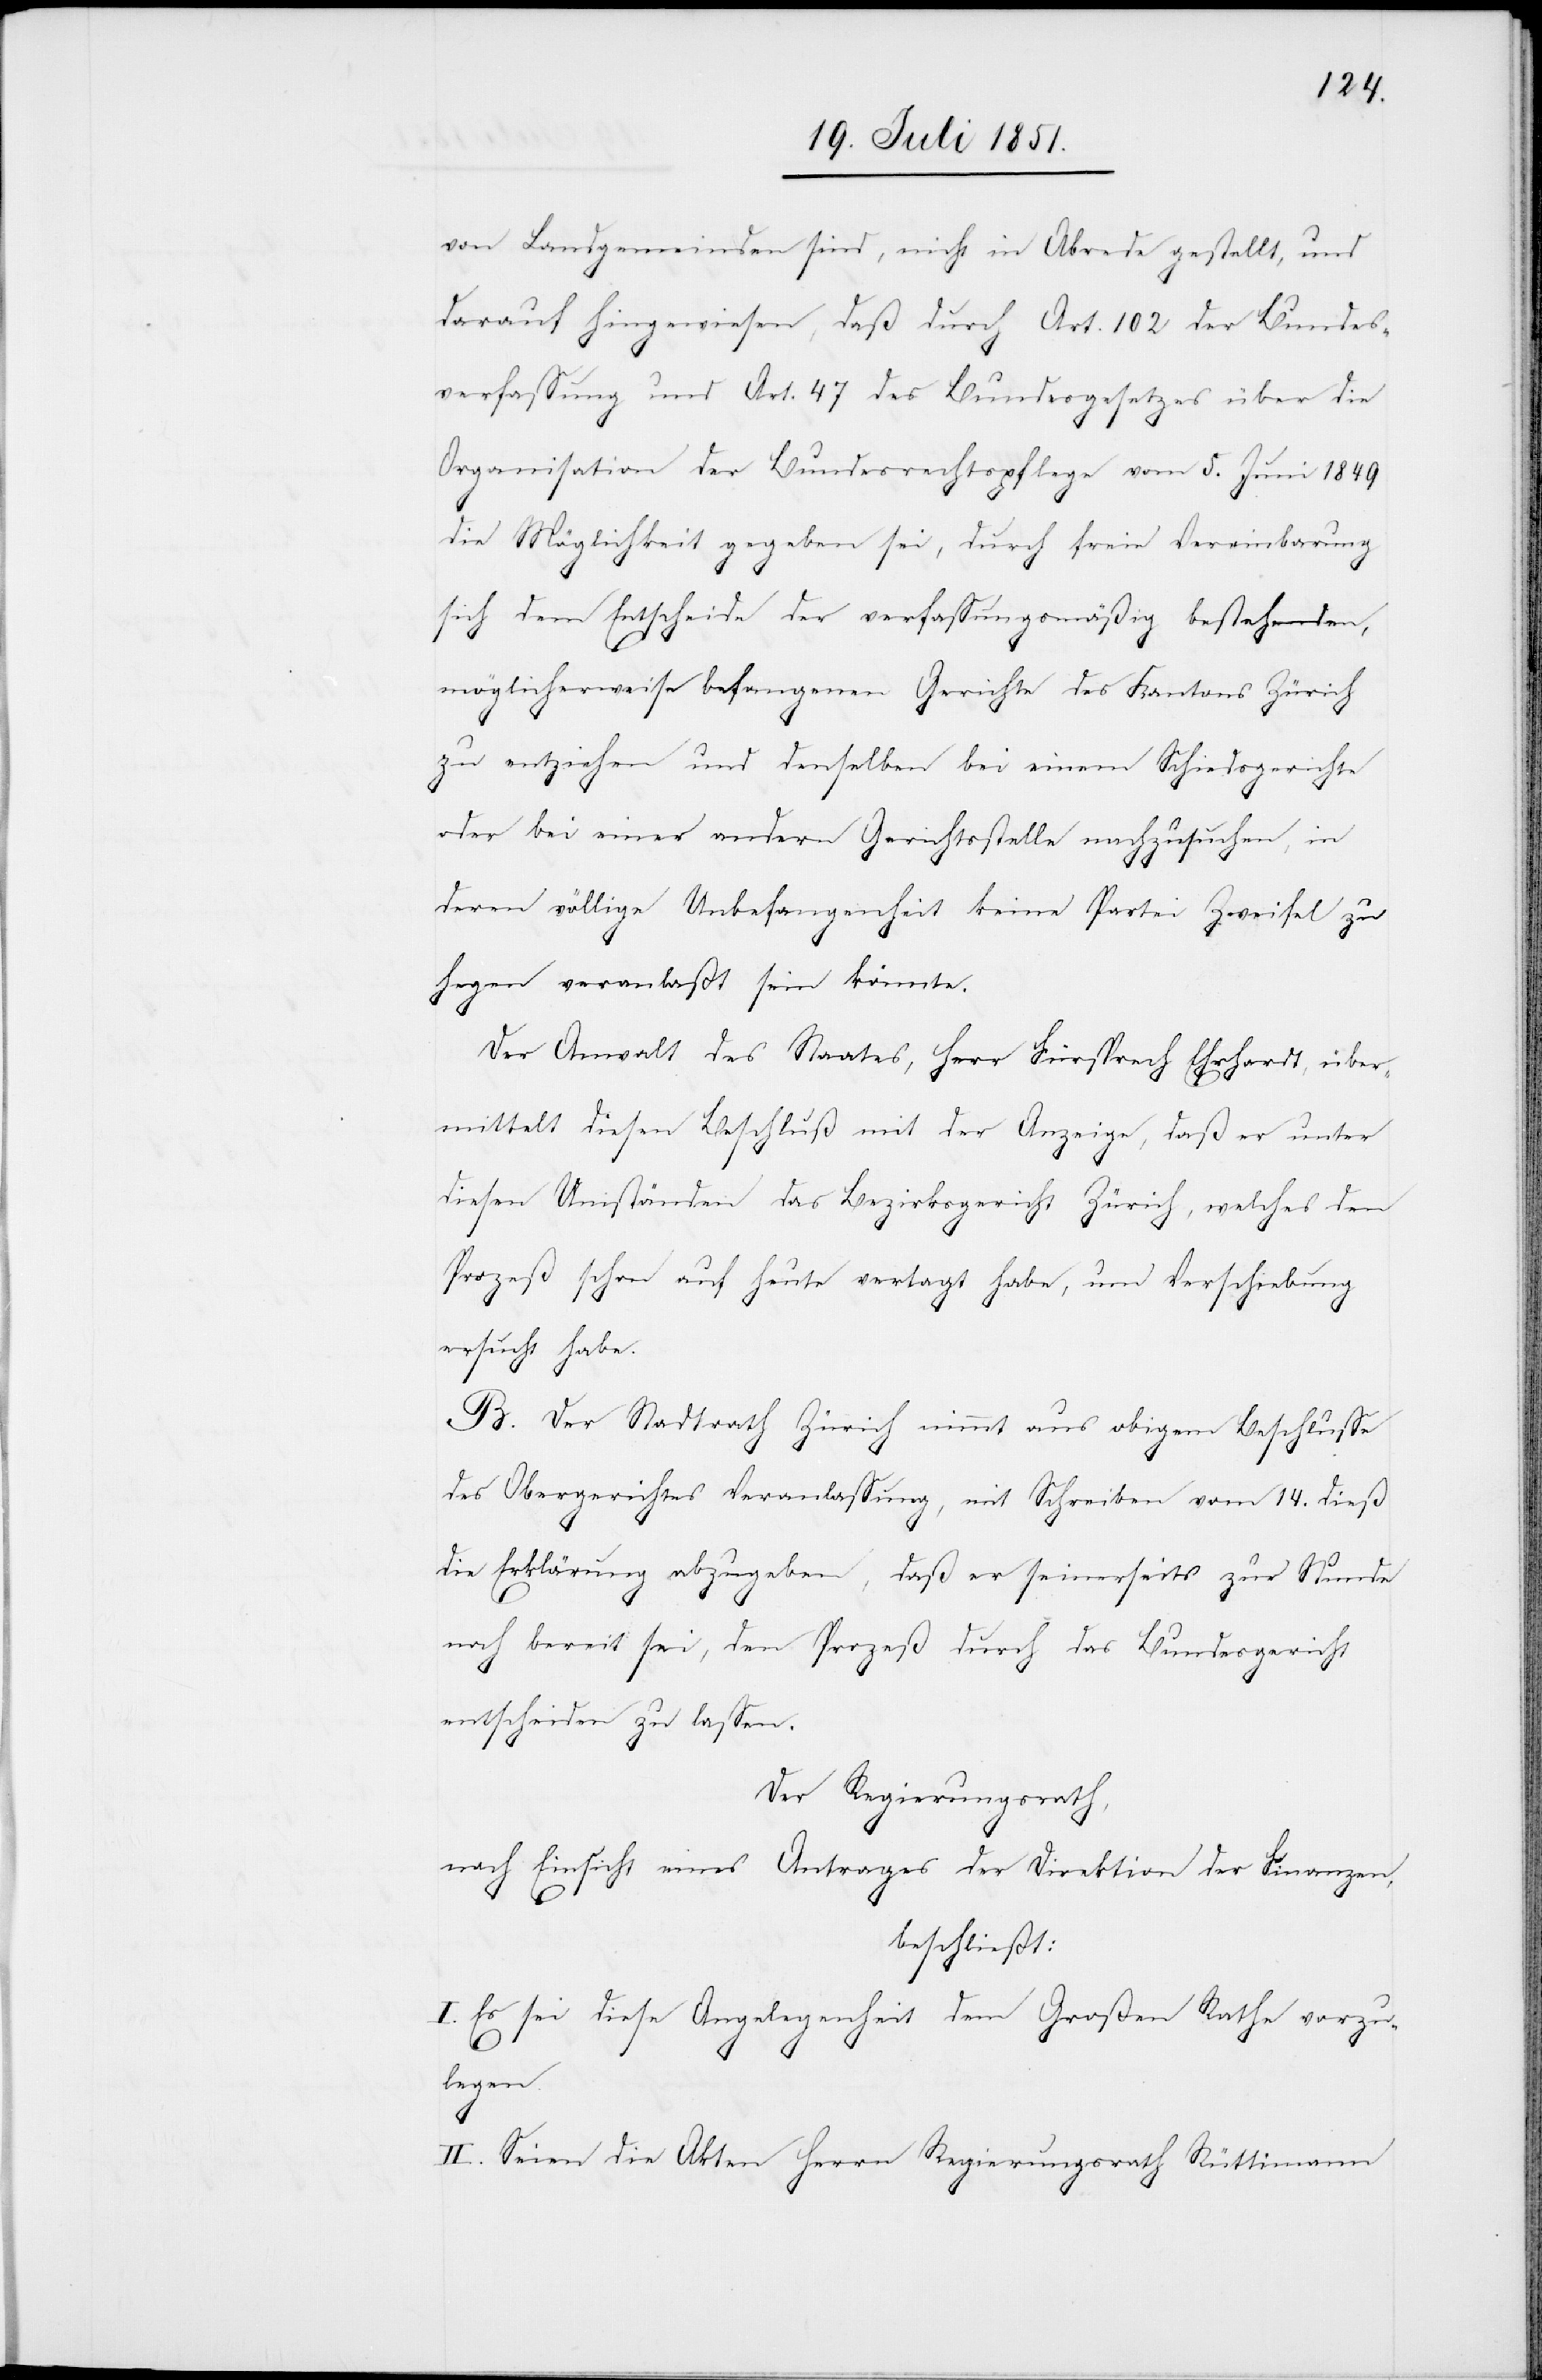
von Landgemeinden sind, nicht in Abrede gestellt, und
darauf hingewiesen, daß durch Art. 102 der Bundes¬
verfassung und Art. 47 des Bundesgesetzes über die
Organisation der Bundesrechtspflege vom 5. Juni 1849
die Möglichkeit gegeben sei, durch freie Vereinbarung
sich dem Entscheide der verfassungsmäßig bestehenden,
möglicherweise befangenen Gerichte des Kantons Zürich
zu entziehen und denselben bei einem Schiedsgerichte
oder bei einer andern Gerichtsstelle nachzusuchen, in
deren völlige Unbefangenheit keine Partei Zweifel zu
hegen veranlaßt sein könnte.
Der Anwalt des Staates, Herr Fürsprech Ehrhardt, über¬
mittelt diesen Beschluß mit der Anzeige, daß er unter
diesen Umständen das Bezirksgericht Zürich, welches den
Prozeß schon auf heute vertagt habe, um Verschiebung
ersucht habe.
B. Der Stadtrath Zürich nimmt aus obigem Beschlusse
des Obergerichtes Veranlassung, mit Schreiben vom 14. dieß
die Erklärung abzugeben, daß er seinerseits zur Stunde
noch bereit sei, den Prozeß durch das Bundesgericht
entscheiden zu lassen.
Der Regierungsrath,
nach Einsicht eines Antrages der Direktion der Finanzen,
beschließt:
I. Es sei diese Angelegenheit dem Großen Rathe vorzu¬
legen.
II. Seien die Akten Herrn Regierungsrath Rüttimann